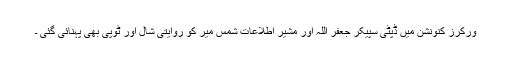
ورکرز کنونشن میں ڈپٹی سپیکر جعفر اللہ اور مشیر اطلاعات شمس میر کو روایتی شال اور ٹوپی بھی پہنائی گئی ۔